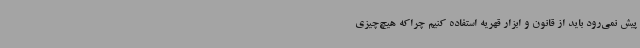
پیش نمی‌رود باید از قانون و ابزار قهریه استفاده کنیم چراکه هیچ‌چیزی